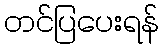
တင်ပြပေးရန်